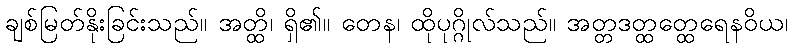
ချစ်မြတ်နိုးခြင်းသည်။ အတ္ထိ၊ ရှိ၏။ တေန၊ ထိုပုဂ္ဂိုလ်သည်။ အတ္တဒတ္ထတ္ထေရေနဝိယ၊